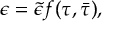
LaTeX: \epsilon = \tilde { \epsilon } f ( \tau , \bar { \tau } ) ,